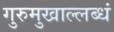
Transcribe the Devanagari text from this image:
गुरुमुखाल्लब्धं